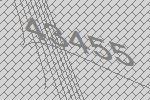
43455